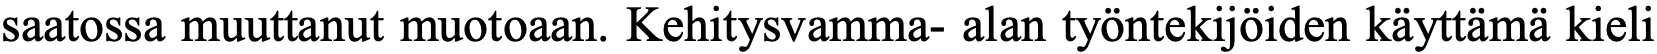
saatossa muuttanut muotoaan. Kehitysvamma- alan työntekijöiden käyttämä kieli